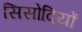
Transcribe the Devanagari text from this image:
सिसोदियों